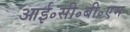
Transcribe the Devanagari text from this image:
आई॰सी॰बी॰एम